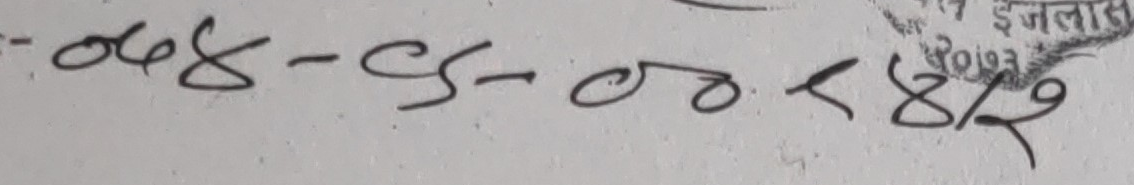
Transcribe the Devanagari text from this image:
-०६४-८९-००-८४१२